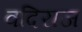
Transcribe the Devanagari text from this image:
वदिराज